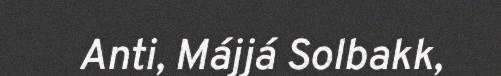
Anti, Májjá Solbakk,